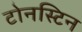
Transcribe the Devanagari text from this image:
टोनस्टिन